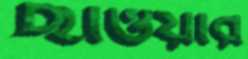
ছাওয়ার